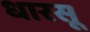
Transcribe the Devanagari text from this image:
धारसू